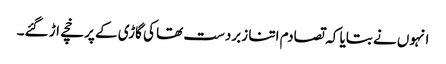
انہوں نے بتایا کہ تصادم اتنا زبردست تھا کی گاڑی کے پرخچے اڑ گئے۔